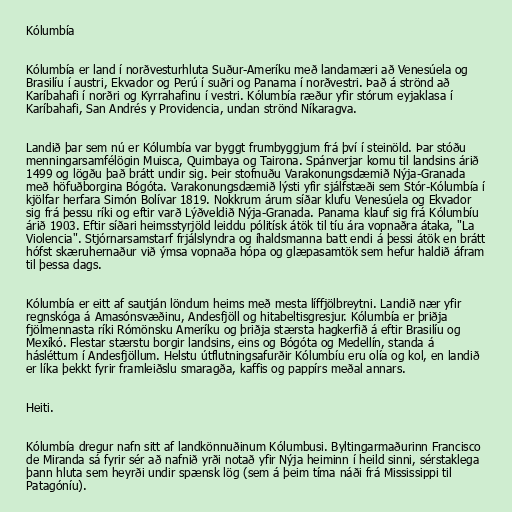
Kólumbía

Kólumbía er land í norðvesturhluta Suður-Ameríku með landamæri að Venesúela og
Brasilíu í austri, Ekvador og Perú í suðri og Panama í norðvestri. Það á strönd að
Karíbahafi í norðri og Kyrrahafinu í vestri. Kólumbía ræður yfir stórum eyjaklasa í
Karíbahafi, San Andrés y Providencia, undan strönd Níkaragva.

Landið þar sem nú er Kólumbía var byggt frumbyggjum frá því í steinöld. Þar stóðu
menningarsamfélögin Muisca, Quimbaya og Tairona. Spánverjar komu til landsins árið
1499 og lögðu það brátt undir sig. Þeir stofnuðu Varakonungsdæmið Nýja-Granada
með höfuðborgina Bógóta. Varakonungsdæmið lýsti yfir sjálfstæði sem Stór-Kólumbía í
kjölfar herfara Simón Bolívar 1819. Nokkrum árum síðar klufu Venesúela og Ekvador
sig frá þessu ríki og eftir varð Lýðveldið Nýja-Granada. Panama klauf sig frá Kólumbíu
árið 1903. Eftir síðari heimsstyrjöld leiddu pólitísk átök til tíu ára vopnaðra átaka, "La
Violencia". Stjórnarsamstarf frjálslyndra og íhaldsmanna batt endi á þessi átök en brátt
hófst skæruhernaður við ýmsa vopnaða hópa og glæpasamtök sem hefur haldið áfram
til þessa dags.

Kólumbía er eitt af sautján löndum heims með mesta líffjölbreytni. Landið nær yfir
regnskóga á Amasónsvæðinu, Andesfjöll og hitabeltisgresjur. Kólumbía er þriðja
fjölmennasta ríki Rómönsku Ameríku og þriðja stærsta hagkerfið á eftir Brasilíu og
Mexíkó. Flestar stærstu borgir landsins, eins og Bógóta og Medellín, standa á
hásléttum í Andesfjöllum. Helstu útflutningsafurðir Kólumbíu eru olía og kol, en landið
er líka þekkt fyrir framleiðslu smaragða, kaffis og pappírs meðal annars.

Heiti.

Kólumbía dregur nafn sitt af landkönnuðinum Kólumbusi. Byltingarmaðurinn Francisco
de Miranda sá fyrir sér að nafnið yrði notað yfir Nýja heiminn í heild sinni, sérstaklega
þann hluta sem heyrði undir spænsk lög (sem á þeim tíma náði frá Mississippi til
Patagóníu).